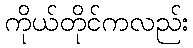
ကိုယ်တိုင်ကလည်း